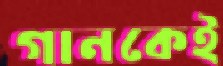
গানকেই